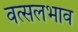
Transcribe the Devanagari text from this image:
वत्सलभाव